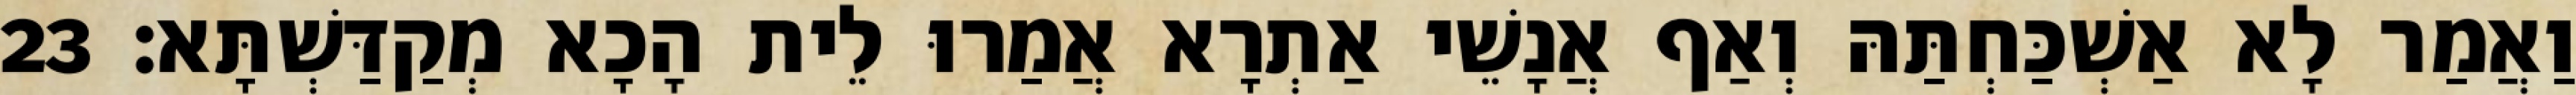
וַאֲמַר לָא אַשְׁכַּחְתַּהּ וְאַף אֲנָשֵׁי אַתְרָא אֲמַרוּ לֵית הָכָא מְקַדַּשְׁתָּא׃ 23